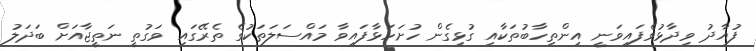
ފުއާދު ވިދާޅުވެފައިވަނީ އިންތިހާބުތަކާއި ގުޅިގެން ހުށަހަޅާފައިވާ މައްސަލަތަކުގެ ތެރޭގައި ވަގުތީ ނަތީޖާއަށް ބަދަލު